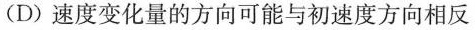
（D）速度变化量的方向可能与初速度方向相反